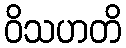
ဝိသဟတိ